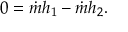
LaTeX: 0 = { \dot { m } } h _ { 1 } - { \dot { m } } h _ { 2 } .